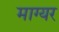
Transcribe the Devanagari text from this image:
माग्यर